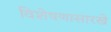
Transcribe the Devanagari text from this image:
विशेषणासारखे